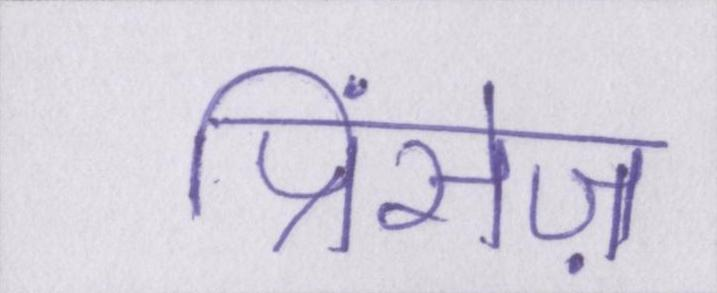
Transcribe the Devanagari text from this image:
प्रिंसेज़